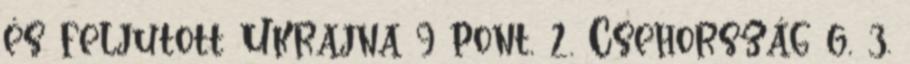
és feljutott Ukrajna 9 pont, 2. Csehország 6, 3.